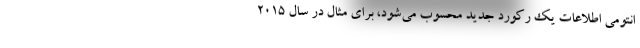
انتومی اطلاعات یک رکورد جدید محسوب می‌شود، برای مثال در سال ۲۰۱۵